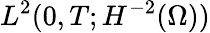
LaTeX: L^{2}(0,T;H^{-2}(\Omega))